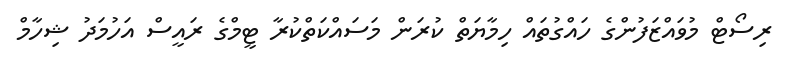
ރިސޯޓް މުވައްޒަފުންގެ ހައްގުތައް ހިމާޔަތް ކުރަން މަސައްކަތްކުރާ ޓީމްގެ ރައީސް އަހުމަދު ޝިހާމް